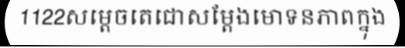
1122សម្តេចតេជោសម្តែងមោទនភាពក្នុង